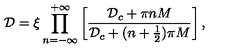
{ \mathcal D } = \xi \prod _ { n = - \infty } ^ { + \infty } \left[ \frac { { \mathcal D } _ { c } + \pi n M } { { \mathcal D } _ { c } + ( n + \frac { 1 } { 2 } ) \pi M } \right] ,